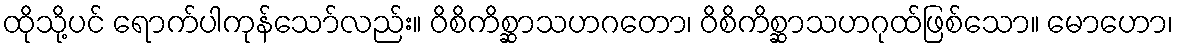
ထိုသို့ပင် ရောက်ပါကုန်သော်လည်း။ ဝိစိကိစ္ဆာသဟဂတော၊ ဝိစိကိစ္ဆာသဟဂုထ်ဖြစ်သော။ မောဟော၊